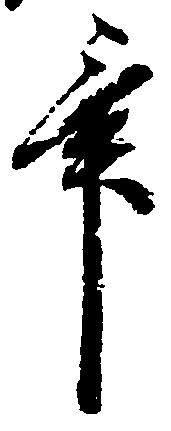
畢